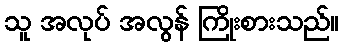
သူ အလုပ် အလွန် ကြိုးစားသည်။